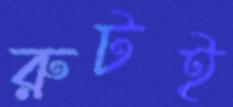
রুটই